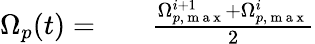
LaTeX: \begin{array}{rlr}{\Omega_{p}(t)=}&{{}}&{\frac{\Omega_{p,\mathrm{~m~a~x~}}^{i+1}+\Omega_{p,\mathrm{~m~a~x~}}^{i}}{2}}\end{array}